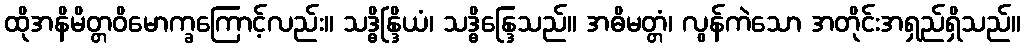
ထိုအနိမိတ္တဝိမောက္ခကြောင့်လည်း။ သဒ္ဓိန္ဒြိယံ၊ သဒ္ဓိန္ဒြေသည်။ အဓိမတ္တံ၊ လွန်ကဲသော အတိုင်းအရှည်ရှိသည်။